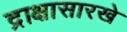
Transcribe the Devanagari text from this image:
द्राक्षासारखे